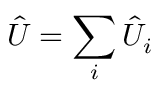
{ \hat { U } } = \sum _ { i } { \hat { U } } _ { i }